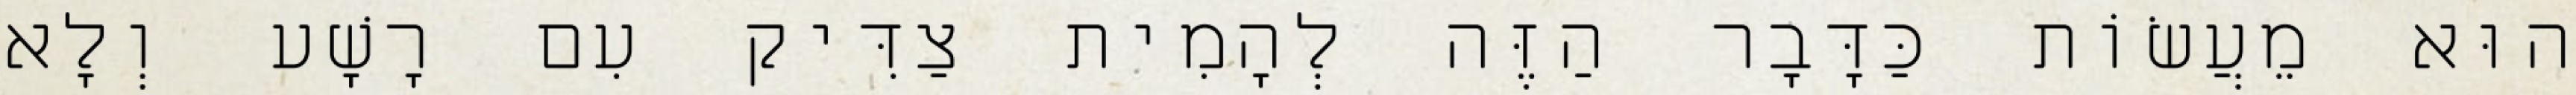
הוּא מֵעֲשׂוֹת כַּדָּבָר הַזֶּה לְהָמִית צַדִּיק עִם רָשָׁע וְלָא